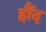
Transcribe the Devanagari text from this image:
हौंद